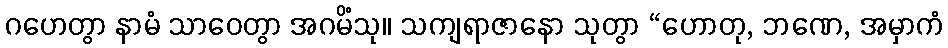
ဂဟေတွာ နာမံ သာဝေတွာ အဂမိံသု။ သကျရာဇာနော သုတွာ “ဟောတု, ဘဏေ, အမှာကံ